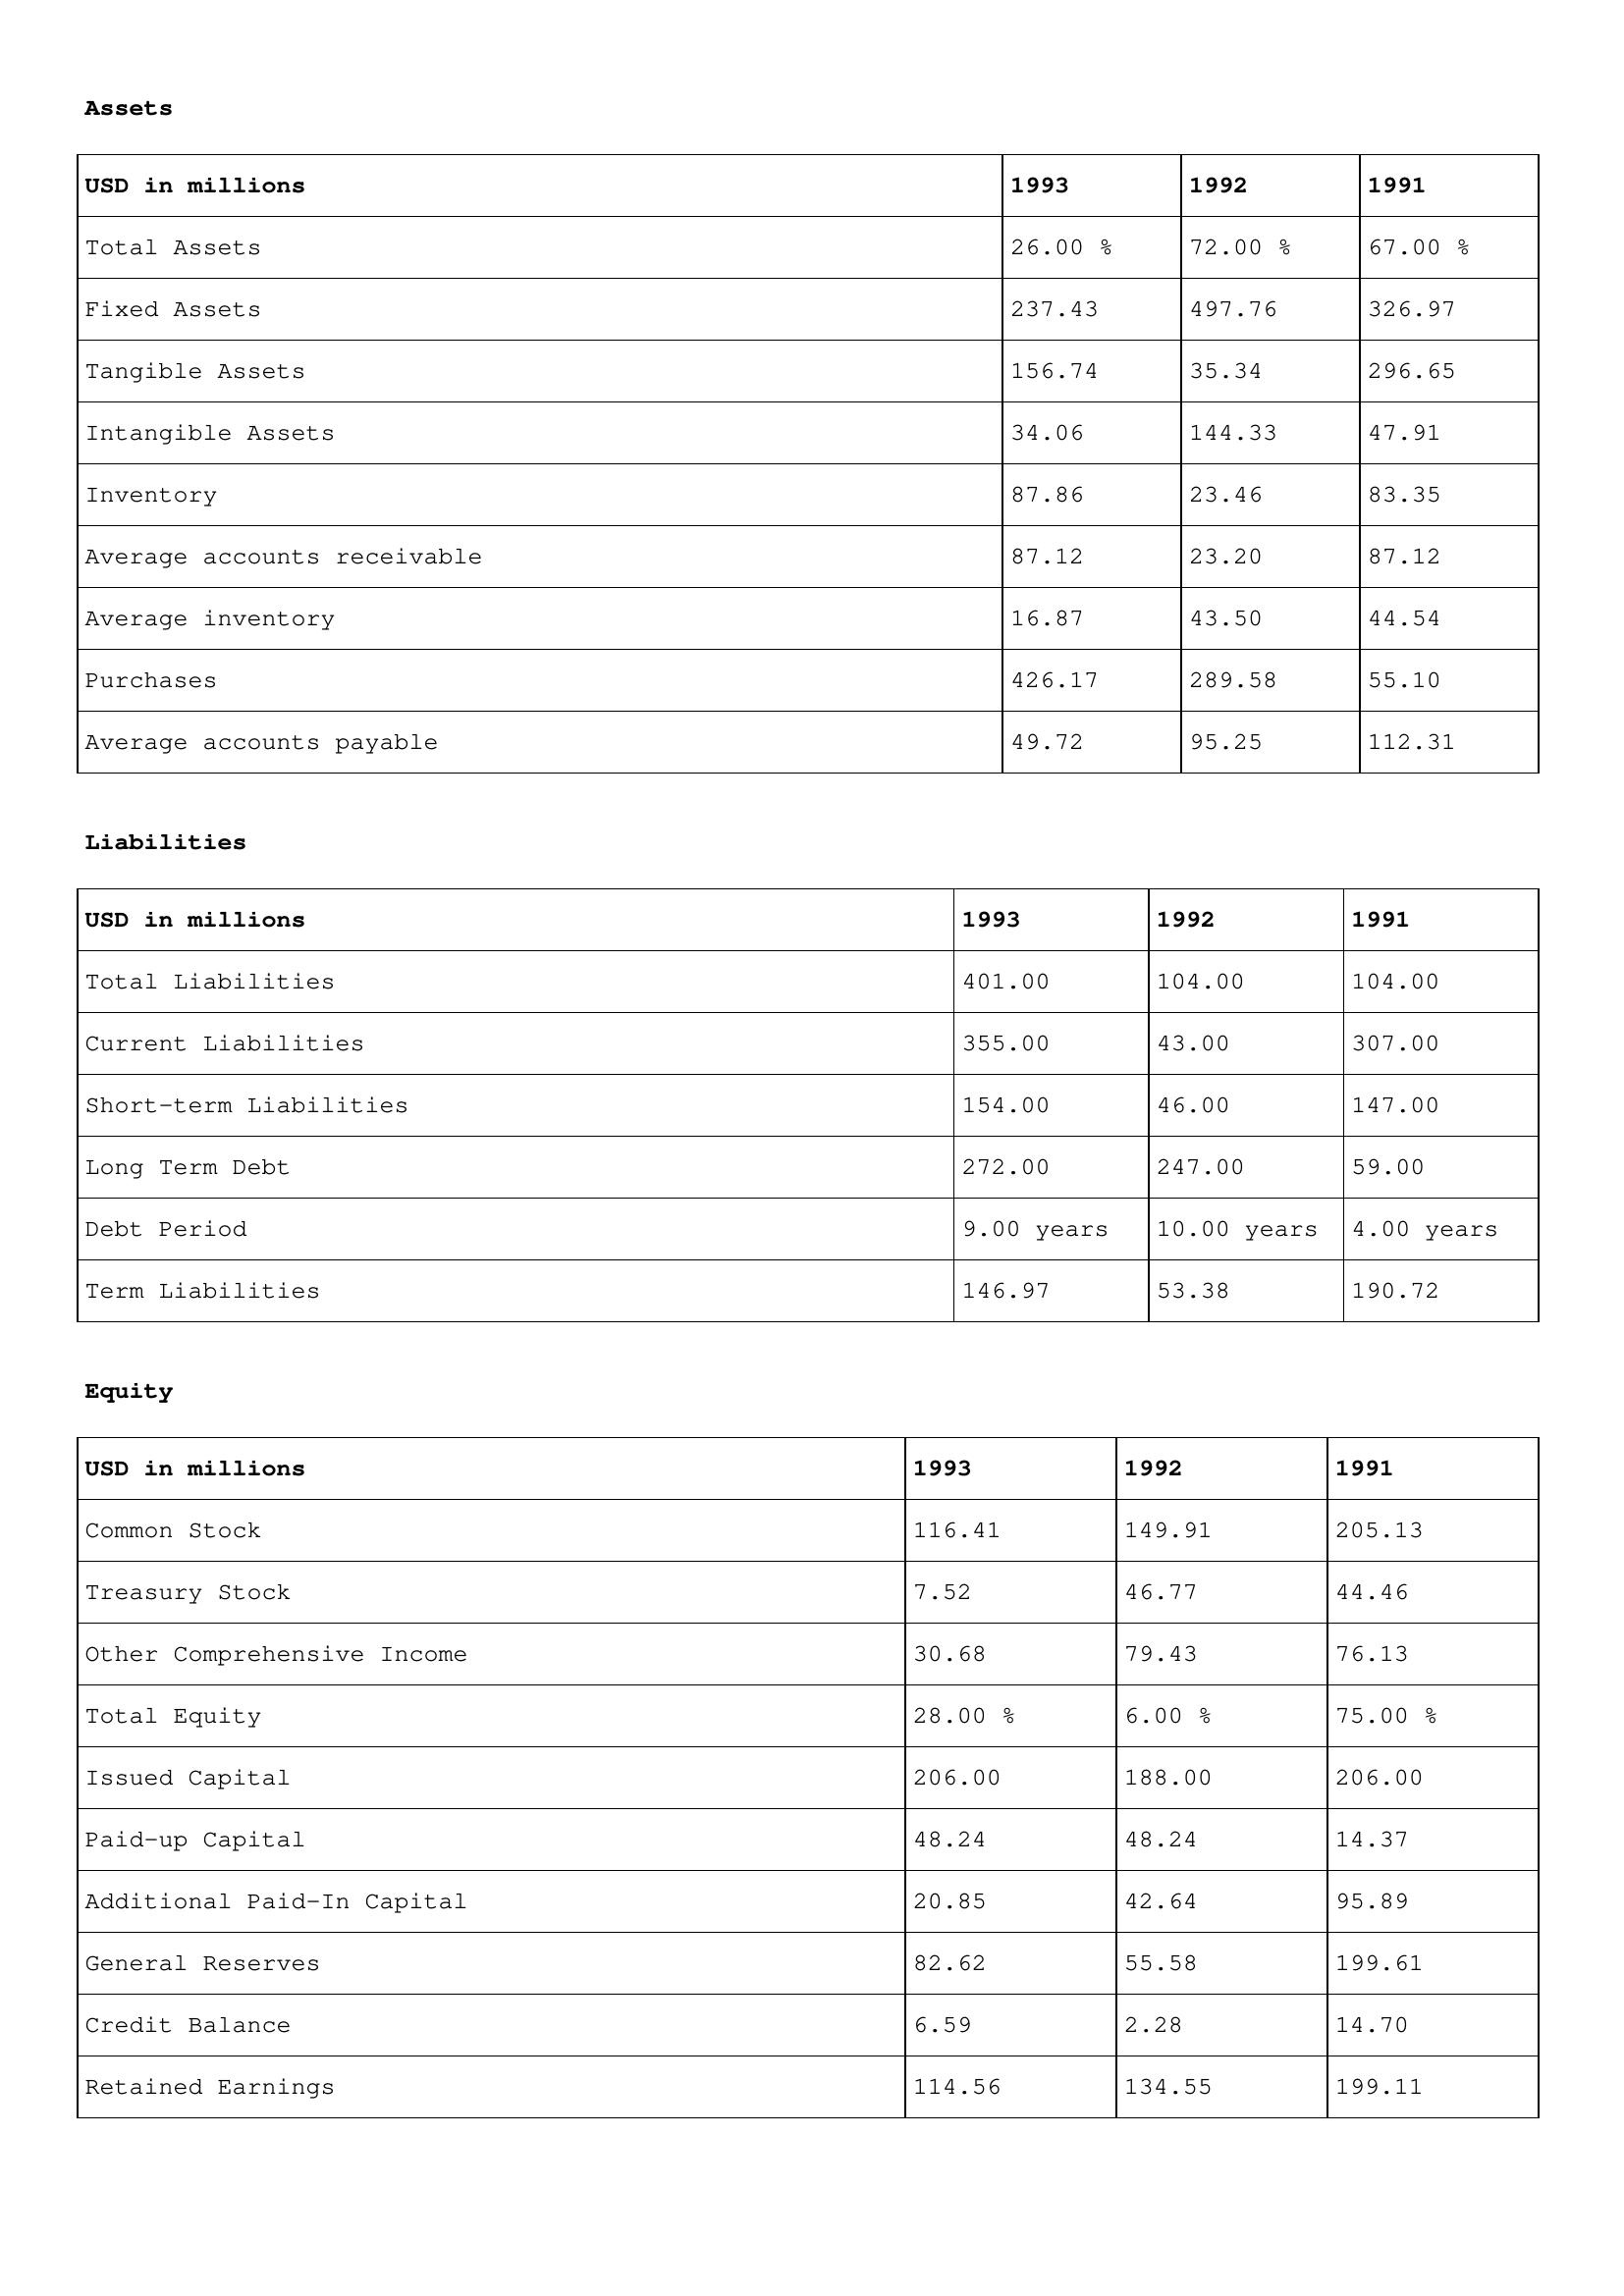
gt_parse: 1993: Assets: Total Assets: 26.00 %
Fixed Assets: 237.43
Tangible Assets: 156.74
Intangible Assets: 34.06
Inventory: 87.86
Average accounts receivable: 87.12
Average inventory: 16.87
Purchases: 426.17
Average accounts payable: 49.72
Liabilities: Total Liabilities: 401.00
Current Liabilities: 355.00
Short-term Liabilities: 154.00
Long Term Debt: 272.00
Debt Period: 9.00 years
Term Liabilities: 146.97
Equity: Common Stock: 116.41
Treasury Stock: 7.52
Other Comprehensive Income: 30.68
Total Equity: 28.00 %
Issued Capital: 206.00
Paid-up Capital: 48.24
Additional Paid-In Capital: 20.85
General Reserves: 82.62
Credit Balance: 6.59
Retained Earnings: 114.56
1992: Assets: Total Assets: 72.00 %
Fixed Assets: 497.76
Tangible Assets: 35.34
Intangible Assets: 144.33
Inventory: 23.46
Average accounts receivable: 23.20
Average inventory: 43.50
Purchases: 289.58
Average accounts payable: 95.25
Liabilities: Total Liabilities: 104.00
Current Liabilities: 43.00
Short-term Liabilities: 46.00
Long Term Debt: 247.00
Debt Period: 10.00 years
Term Liabilities: 53.38
Equity: Common Stock: 149.91
Treasury Stock: 46.77
Other Comprehensive Income: 79.43
Total Equity: 6.00 %
Issued Capital: 188.00
Paid-up Capital: 48.24
Additional Paid-In Capital: 42.64
General Reserves: 55.58
Credit Balance: 2.28
Retained Earnings: 134.55
1991: Assets: Total Assets: 67.00 %
Fixed Assets: 326.97
Tangible Assets: 296.65
Intangible Assets: 47.91
Inventory: 83.35
Average accounts receivable: 87.12
Average inventory: 44.54
Purchases: 55.10
Average accounts payable: 112.31
Liabilities: Total Liabilities: 104.00
Current Liabilities: 307.00
Short-term Liabilities: 147.00
Long Term Debt: 59.00
Debt Period: 4.00 years
Term Liabilities: 190.72
Equity: Common Stock: 205.13
Treasury Stock: 44.46
Other Comprehensive Income: 76.13
Total Equity: 75.00 %
Issued Capital: 206.00
Paid-up Capital: 14.37
Additional Paid-In Capital: 95.89
General Reserves: 199.61
Credit Balance: 14.70
Retained Earnings: 199.11